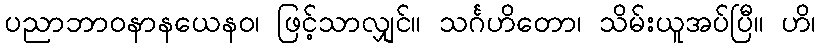
ပညာဘာဝနာနယေနဝ၊ ဖြင့်သာလျှင်။ သင်္ဂဟိတော၊ သိမ်းယူအပ်ပြီ။ ဟိ၊